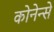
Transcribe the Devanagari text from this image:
कोनेन्से